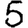
Digit: 5